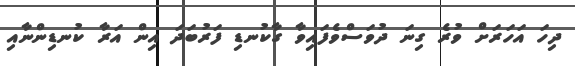
ދިހަ އަހަރަށް ވުރެ ގިނަ ދުވަސްވެފައިވާ ގާކުނޑި ފަރުބަދަ އިން އަރާ ކުނޑިންނާއި